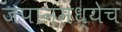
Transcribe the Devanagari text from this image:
जपानमध्येच